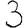
Digit: 3